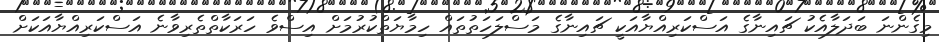
މިގެންނަ ބަދަލާއެކު ޗައިނާގެ އަސްކަރިއްޔާއަކީ ޗައިނާގެ މަސްލަހަތުތައް ހިމާޔަތްކުރުމަށް އިސްވެ ހަރަކާތްތެރިވާނެ އަސްކަރިއްޔާއަކަށް